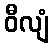
ဝီလျံ